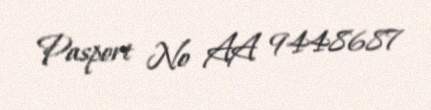
Pasport № AA 9448687